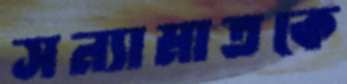
সন্যামাতকে